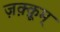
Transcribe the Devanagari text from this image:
ज़क़्क़ूम्